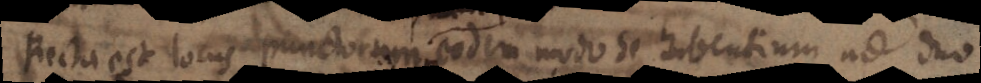
Recta est locus punctorum eodem modo se habentium ad duo